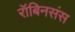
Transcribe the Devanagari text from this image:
रॉबिनसंस